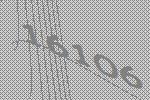
16106